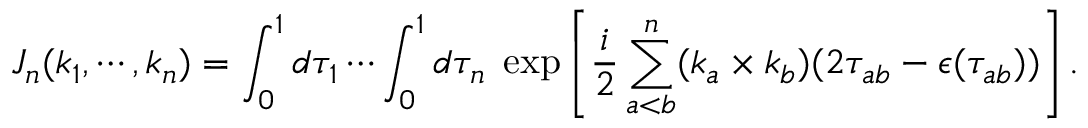
J _ { n } ( k _ { 1 } , \cdots , k _ { n } ) = \int _ { 0 } ^ { 1 } d \tau _ { 1 } \cdots \int _ { 0 } ^ { 1 } d \tau _ { n } \; \exp \left[ \frac { i } { 2 } \sum _ { a < b } ^ { n } ( k _ { a } \times k _ { b } ) ( 2 \tau _ { a b } - \epsilon ( \tau _ { a b } ) ) \right] .